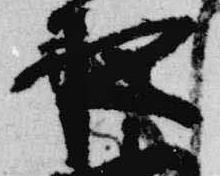
夜